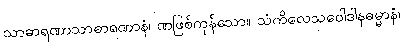
သာဓာရဏာသာဓာရဏာနံ၊ ဏဖြစ်ကုန်သော။ သံကိလေသဝေါဒါနဓမ္မာနံ၊